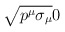
\begin{align*}\sqrt{p^{\mu }\sigma _{\mu }} & 0 \\ \end{align*}